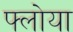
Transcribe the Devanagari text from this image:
फ्लोया